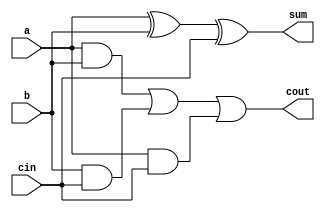
`timescale 1ns / 1ps

module full_adder(a,b,cin,sum,cout);
input a,b,cin;
output sum,cout;

assign sum = a^b^cin; //sum of inputs
assign cout = a&b | b&cin | a&cin; //final carry generate 
endmodule